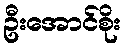
ဦးအောင်စိုး